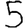
Digit: 5